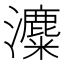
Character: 𤃱